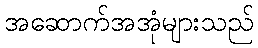
အဆောက်အအုံများသည်